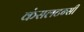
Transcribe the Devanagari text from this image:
कंसलटन्सी